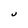
Character: U